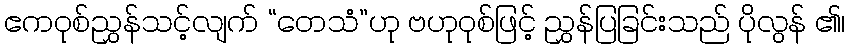
ဧကဝုစ်ညွှန်သင့်လျက် “တေသံ”ဟု ဗဟုဝုစ်ဖြင့် ညွှန်ပြခြင်းသည် ပိုလွန် ၏၊